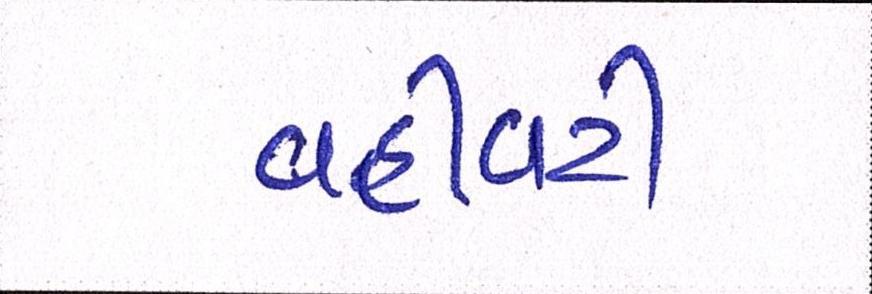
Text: વહીવટી